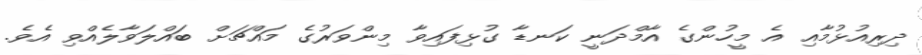
ދިރިއުޅުމާއި އެ މީހުންގެ އާމްދަނީ ކަނޑާ ގުޅިފައިވާ މިންވަރުގެ މައްޗަށް ބައްލަވާލެއްވި އެވެ.